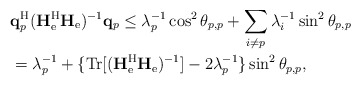
\begin{align*}&\mathbf{q}_p^{\mathrm{H}}(\mathbf{H}_{\mathrm{e}}^{\mathrm{H}}\mathbf{H}_{\mathrm{e}})^{-1}\mathbf{q}_p\leq\lambda_p^{-1}\cos^2\theta_{p,p}+\sum_{i\neq p}\lambda_i^{-1}\sin^2\theta_{p,p}\\&=\lambda_p^{-1}+\{\mathrm{Tr}[(\mathbf{H}_{\mathrm{e}}^{\mathrm{H}}\mathbf{H}_{\mathrm{e}})^{-1}]-2\lambda_p^{-1}\}\sin^2\theta_{p,p},\end{align*}